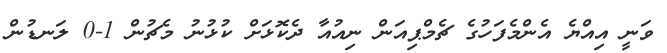
ވަނީ އިއްޔެ އެންމެފަހުގެ ޗެމްޕިއަން ނިއުއާ ދެކޮޅަށް ކުޅުނު މެޗުން 1-0 ލަނޑުން